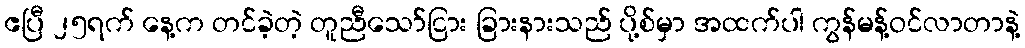
ဧပြီ ၂၅ရက် နေ့က တင်ခဲ့တဲ့ တူညီသော်ငြား ခြားနားသည် ပို့စ်မှာ အထက်ပါ ကွန်မန့်ဝင်လာတာနဲ့